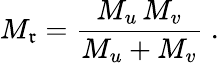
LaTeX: M_{\mathfrak{r}}=\frac{{M_{u}\, M_{v}}}{{M_{u}+M_{v}}}\; .